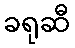
ခရုဆီ